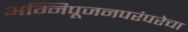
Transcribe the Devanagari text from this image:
अग्निपूजनपरंपरेचा